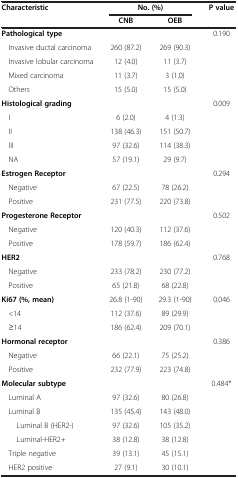
<table><thead><tr><td rowspan="2"><b>Characteristic</b></td><td colspan="2"><b>No. (%)</b></td><td rowspan="2"><b>P value</b></td></tr><tr><td><b>CNB</b></td><td><b>OEB</b></td></tr></thead><tbody><tr><td><b>Pathological type</b></td><td> </td><td> </td><td>0.190</td></tr><tr><td>Invasive ductal carcinoma</td><td>260 (87.2)</td><td>269 (90.3)</td><td> </td></tr><tr><td>Invasive lobular carcinoma</td><td>12 (4.0)</td><td>11 (3.7)</td><td> </td></tr><tr><td>Mixed carcinoma</td><td>11 (3.7)</td><td>3 (1.0)</td><td> </td></tr><tr><td>Others</td><td>15 (5.0)</td><td>15 (5.0)</td><td> </td></tr><tr><td><b>Histological grading</b></td><td> </td><td> </td><td>0.009</td></tr><tr><td>I</td><td>6 (2.0)</td><td>4 (1.3)</td><td> </td></tr><tr><td>II</td><td>138 (46.3)</td><td>151 (50.7)</td><td> </td></tr><tr><td>III</td><td>97 (32.6)</td><td>114 (38.3)</td><td> </td></tr><tr><td>NA</td><td>57 (19.1)</td><td>29 (9.7)</td><td> </td></tr><tr><td><b>Estrogen Receptor</b></td><td> </td><td> </td><td>0.294</td></tr><tr><td>Negative</td><td>67 (22.5)</td><td>78 (26.2)</td><td> </td></tr><tr><td>Positive</td><td>231 (77.5)</td><td>220 (73.8)</td><td> </td></tr><tr><td><b>Progesterone Receptor</b></td><td> </td><td> </td><td>0.502</td></tr><tr><td>Negative</td><td>120 (40.3)</td><td>112 (37.6)</td><td> </td></tr><tr><td>Positive</td><td>178 (59.7)</td><td>186 (62.4)</td><td> </td></tr><tr><td><b>HER2</b></td><td> </td><td> </td><td>0.768</td></tr><tr><td>Negative</td><td>233 (78.2)</td><td>230 (77.2)</td><td> </td></tr><tr><td>Positive</td><td>65 (21.8)</td><td>68 (22.8)</td><td> </td></tr><tr><td><b>Ki67 (%, mean)</b></td><td>26.8 (1-90)</td><td>29.3 (1-90)</td><td>0.046</td></tr><tr><td>&lt;14</td><td>112 (37.6)</td><td>89 (29.9)</td><td> </td></tr><tr><td>≥14</td><td>186 (62.4)</td><td>209 (70.1)</td><td> </td></tr><tr><td><b>Hormonal receptor</b></td><td> </td><td> </td><td>0.386</td></tr><tr><td>Negative</td><td>66 (22.1)</td><td>75 (25.2)</td><td> </td></tr><tr><td>Positive</td><td>232 (77.9)</td><td>223 (74.8)</td><td> </td></tr><tr><td><b>Molecular subtype</b></td><td> </td><td> </td><td>0.484*</td></tr><tr><td>Luminal A</td><td>97 (32.6)</td><td>80 (26.8)</td><td> </td></tr><tr><td>Luminal B</td><td>135 (45.4)</td><td>143 (48.0)</td><td> </td></tr><tr><td>Luminal B (HER2-)</td><td>97 (32.6)</td><td>105 (35.2)</td><td> </td></tr><tr><td>Luminal-HER2+</td><td>38 (12.8)</td><td>38 (12.8)</td><td> </td></tr><tr><td>Triple negative</td><td>39 (13.1)</td><td>45 (15.1)</td><td> </td></tr><tr><td>HER2 positive</td><td>27 (9.1)</td><td>30 (10.1)</td><td> </td></tr></tbody></table>